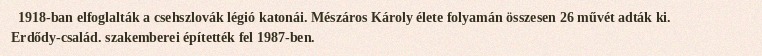
1918-ban elfoglalták a csehszlovák légió katonái. Mészáros Károly élete folyamán összesen 26 művét adták ki. Erdődy-család. szakemberei építették fel 1987-ben.